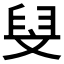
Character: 𮍧